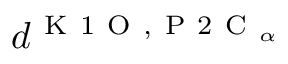
d ^ { \mathrm { ~ K ~ 1 ~ O ~ } , \mathrm { ~ P ~ 2 ~ C ~ } _ { \alpha } }